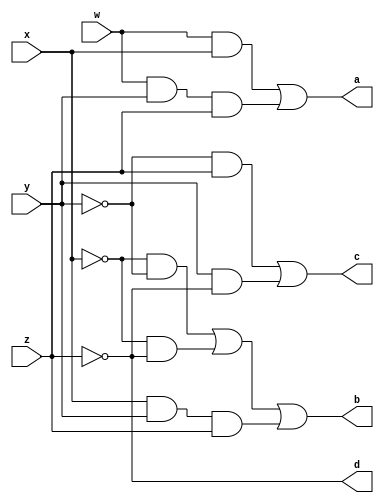
module ex3_to_bcd(
    input w, x, y, z,
    output a, b, c, d
);
  assign a = ((w & x) | (w & y & z));
  assign b = (((~x) & (~y)) | ((~x) & (~z)) | (x & y & z));
  assign c = (((~y) & z) | (y & (~z)));
  assign d = ~z;
endmodule